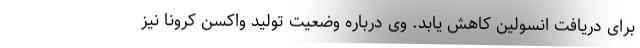
برای دریافت انسولین کاهش یابد. وی درباره وضعیت تولید واکسن کرونا نیز